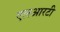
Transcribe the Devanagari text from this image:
एलआरटी